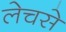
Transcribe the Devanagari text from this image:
लेचसे